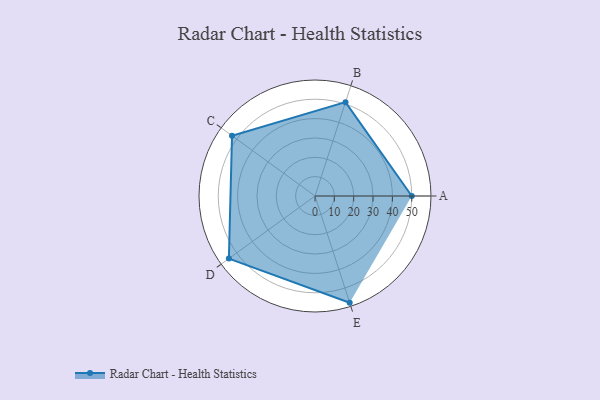
{"axis": {"x": "Skill", "y": "Score"}, "legend": ["Profile"], "data": [{"x": "A", "y": 50.0, "type": "Profile"}, {"x": "B", "y": 51.0, "type": "Profile"}, {"x": "C", "y": 53.0, "type": "Profile"}, {"x": "D", "y": 55.0, "type": "Profile"}, {"x": "E", "y": 58.0, "type": "Profile"}]}